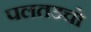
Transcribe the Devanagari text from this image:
पलतडचो